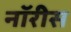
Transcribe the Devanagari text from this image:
नॉरीस